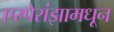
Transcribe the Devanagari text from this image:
एस्पेरांझामधून